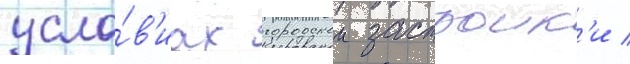
усло́в'иах городскои застроик'и /